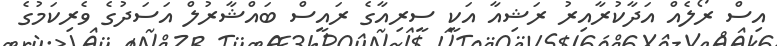
އިސް ރޯލެއް އަދާކުރާއިރު ރަޝިއާ އަކީ ސީރިއާގެ ރައީސް ބައްޝާރުލް އަސަދުގެ ވެރިކަމުގެ